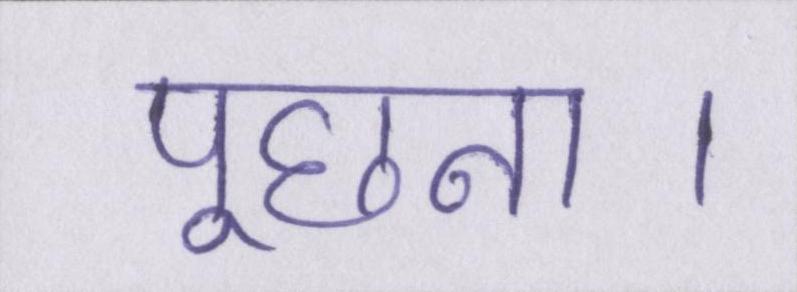
पूछना।